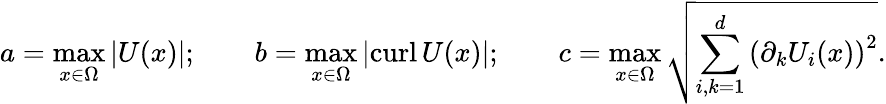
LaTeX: a=\operatorname*{max}_{x\in\Omega}|U(x)|;\qquad b=\operatorname*{max}_{x\in\Omega}|\mathrm{curl}\, U(x)|;\qquad c=\operatorname*{max}_{x\in\Omega}\sqrt{\sum_{i,k=1}^{d}\left(\partial_{k}U_{i}(x)\right)^{2}}.